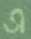
এ